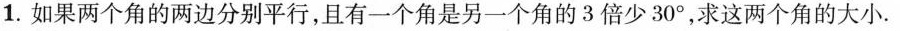
1.如果两个角的两边分别平行，且有一个角是另一个角的3倍少30°，求这两个角的大小.